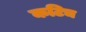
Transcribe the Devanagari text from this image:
कटिच